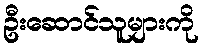
ဦးဆောင်သူများကို